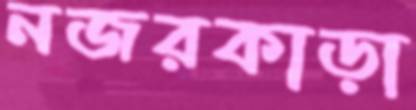
নজরকাড়া